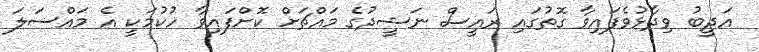
އަަދީބު ވިދާޅުވެފައިވާ ގޮތުގައި ރައީސް ނަޝީދުގެ މައްޗަށް ކޮށްފައިވާ ހުކުމަކީ އެ މައްސަލަ